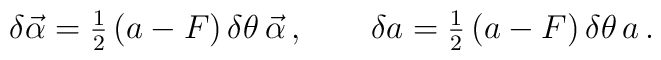
\delta \vec{\alpha} = {\textstyle \frac 12} \, ( a -F) \,  \delta\theta \, \vec{\alpha} \,,  \qquad  \delta a = {\textstyle \frac 12}\, ( a -F) \, \delta\theta \, a \,.